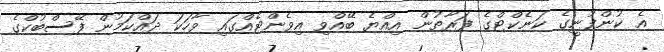
އެ ކުންފުނީގެ ކަނެކްޓްގެ ފަރާތުން އިއްޔެ ބޭއްވި އިވެންޓެއްގައި ވާހަކަ ދައްކަމުން ފޭސްބުކްގެ